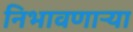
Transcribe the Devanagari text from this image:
निभावणाऱ्या